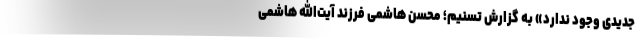
جدیدی وجود ندارد» به گزارش تسنیم؛ محسن هاشمی فرزند آیت‌الله هاشمی